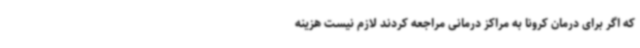
که اگر برای درمان کرونا به مراکز درمانی مراجعه کردند لازم نیست هزینه